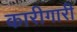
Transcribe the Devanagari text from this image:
कारीगारी